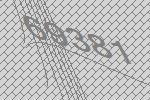
69381